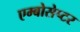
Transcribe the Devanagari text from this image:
एम्बोसेप्टर